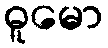
ဓူမော